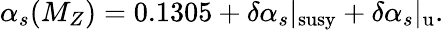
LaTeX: \alpha_{s}(M_{Z})=0.1305+\delta\alpha_{s}|_{\mathrm{susy}}+\delta\alpha_{s}|_{\mathrm{u}}.